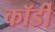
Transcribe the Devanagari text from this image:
कॉर्डी